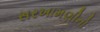
સરખામણીનો